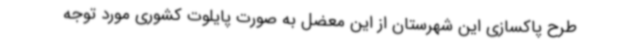
طرح پاکسازی این شهرستان از این معضل به صورت پایلوت کشوری مورد توجه